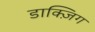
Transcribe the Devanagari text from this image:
डाक्ज़िग